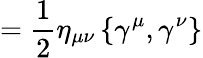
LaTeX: ={\frac{1}{2}}\eta_{\mu\nu}\left\{ \gamma^{\mu},\gamma^{\nu}\right\}